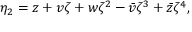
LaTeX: \eta _ { 2 } = z + v \zeta + w \zeta ^ { 2 } - \bar { v } \zeta ^ { 3 } + \bar { z } \zeta ^ { 4 } ,